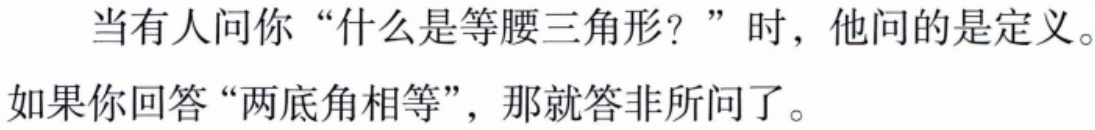
当有人问你“什么是等腰三角形？”时，他问的是定义。

如果你回答“两底角相等”，那就答非所问了。